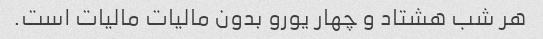
هر شب هشتاد و چهار یورو بدون مالیات مالیات است.